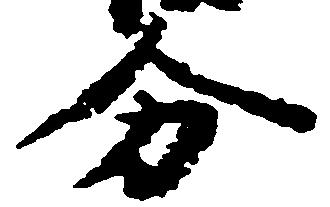
分